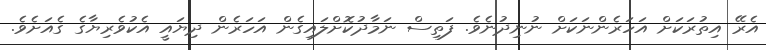
އެރޭ އިތުރަކަށް އަހަރެންނަކަށް ނުނިދުނެވެ. ފަތިސް ނަމާދުކޮށްލައިގެން އަހަރެން ދިޔައީ އެކުވެރިޔާގެ ގެއަށެވެ.